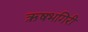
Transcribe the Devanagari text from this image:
ऋषभगिरी